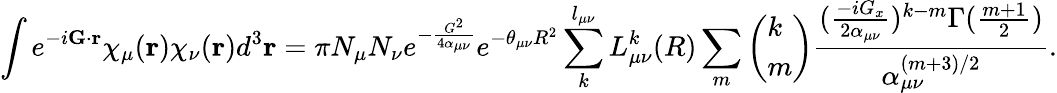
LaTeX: \int e^{-i\mathbf{G}\cdot\mathbf{r}}\chi_{\mu}(\mathbf{r})\chi_{\nu}(\mathbf{r})d^{3}\mathbf{r}=\pi N_{\mu}N_{\nu}e^{-\frac{G^{2}}{4\alpha_{\mu\nu}}}e^{-\theta_{\mu\nu}R^{2}}\sum_{k}^{l_{\mu\nu}}L_{\mu\nu}^{k}(R)\sum_{m}\left(\begin{array}{l}{k}\\ {m}\end{array}\right)\frac{(\frac{-iG_{x}}{2\alpha_{\mu\nu}})^{k-m}\Gamma(\frac{m+1}{2})}{\alpha_{\mu\nu}^{(m+3)/2}}.